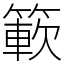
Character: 簐